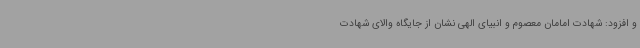
و افزود: شهادت امامان معصوم و انبیای الهی نشان از جایگاه والای شهادت